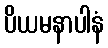
ပိယမနာပါနံ